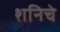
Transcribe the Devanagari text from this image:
शनिचे